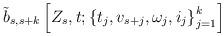
LaTeX: \begin{align*}\tilde{b}_{s,s+k} \left[ Z_s,t;\left\{t_j,v_{s+j},\omega_j,i_j\right\}_{j=1}^k\right]\end{align*}